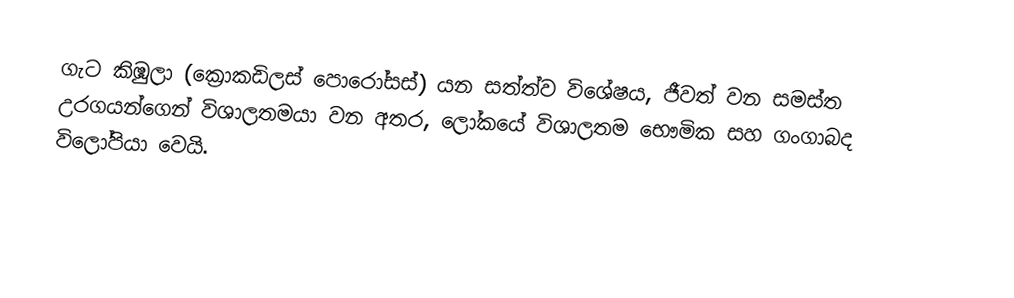
ගැට කිඹුලා (ක්‍රොකඩිලස් පොරෝසස්) යන සත්ත්ව විශේෂය, ජීවත් වන සමස්ත උරගයන්ගෙන් විශාලතමයා වන අතර, ලෝකයේ විශාලතම භෞමික සහ ගංගාබද විලෝපියා වෙයි.